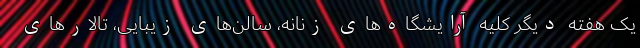
یک هفته دیگر کلیه آرایشگاه‌های زنانه، سالن‌های زیبایی، تالار‌های